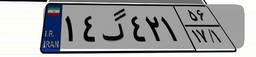
۹۶گ۴۳۵۷۳